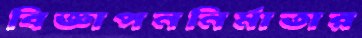
বিজ্ঞাপননির্মাতার